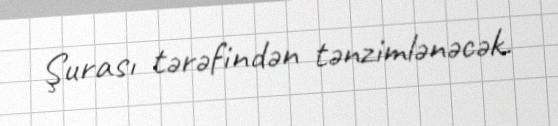
Şurası tərəfindən tənzimlənəcək.